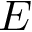
E